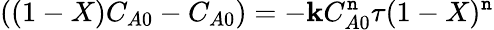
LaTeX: ((1-X)C_{A0}-C_{A0})=-\mathbf{k}C_{A0}^{\mathtt{n}}\tau(1-X)^{\mathtt{n}}